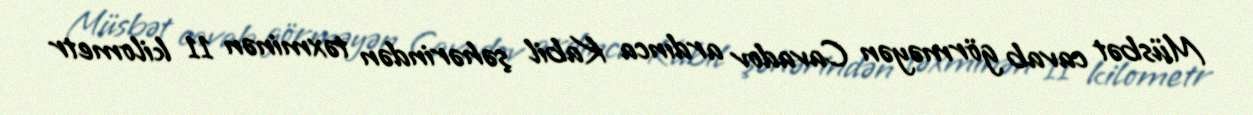
Müsbət cavab görməyən Cavadov ardınca Kabil şəhərindən təxminən 11 kilometr